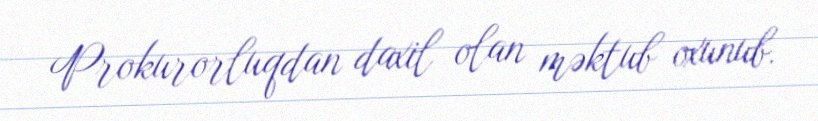
Prokurorluqdan daxil olan məktub oxunub.